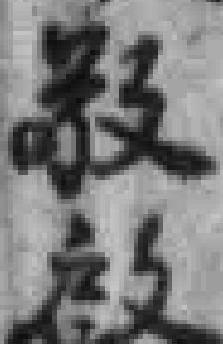
敬啟